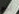
يوم